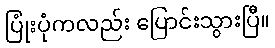
ပြုံးပုံကလည်း ပြောင်းသွားပြီ။